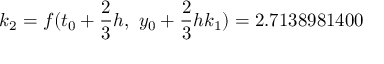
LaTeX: k _ { 2 } = f ( t _ { 0 } + { \frac { 2 } { 3 } } h , \ y _ { 0 } + { \frac { 2 } { 3 } } h k _ { 1 } ) = 2 . 7 1 3 8 9 8 1 4 0 0